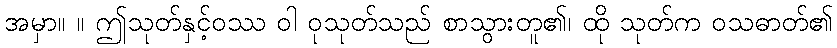
အမှာ။ ။ ဤသုတ်နှင့်ဝဿ ဝါ ဝုသုတ်သည် စာသွားတူ၏၊ ထို သုတ်က ဝသဓာတ်၏